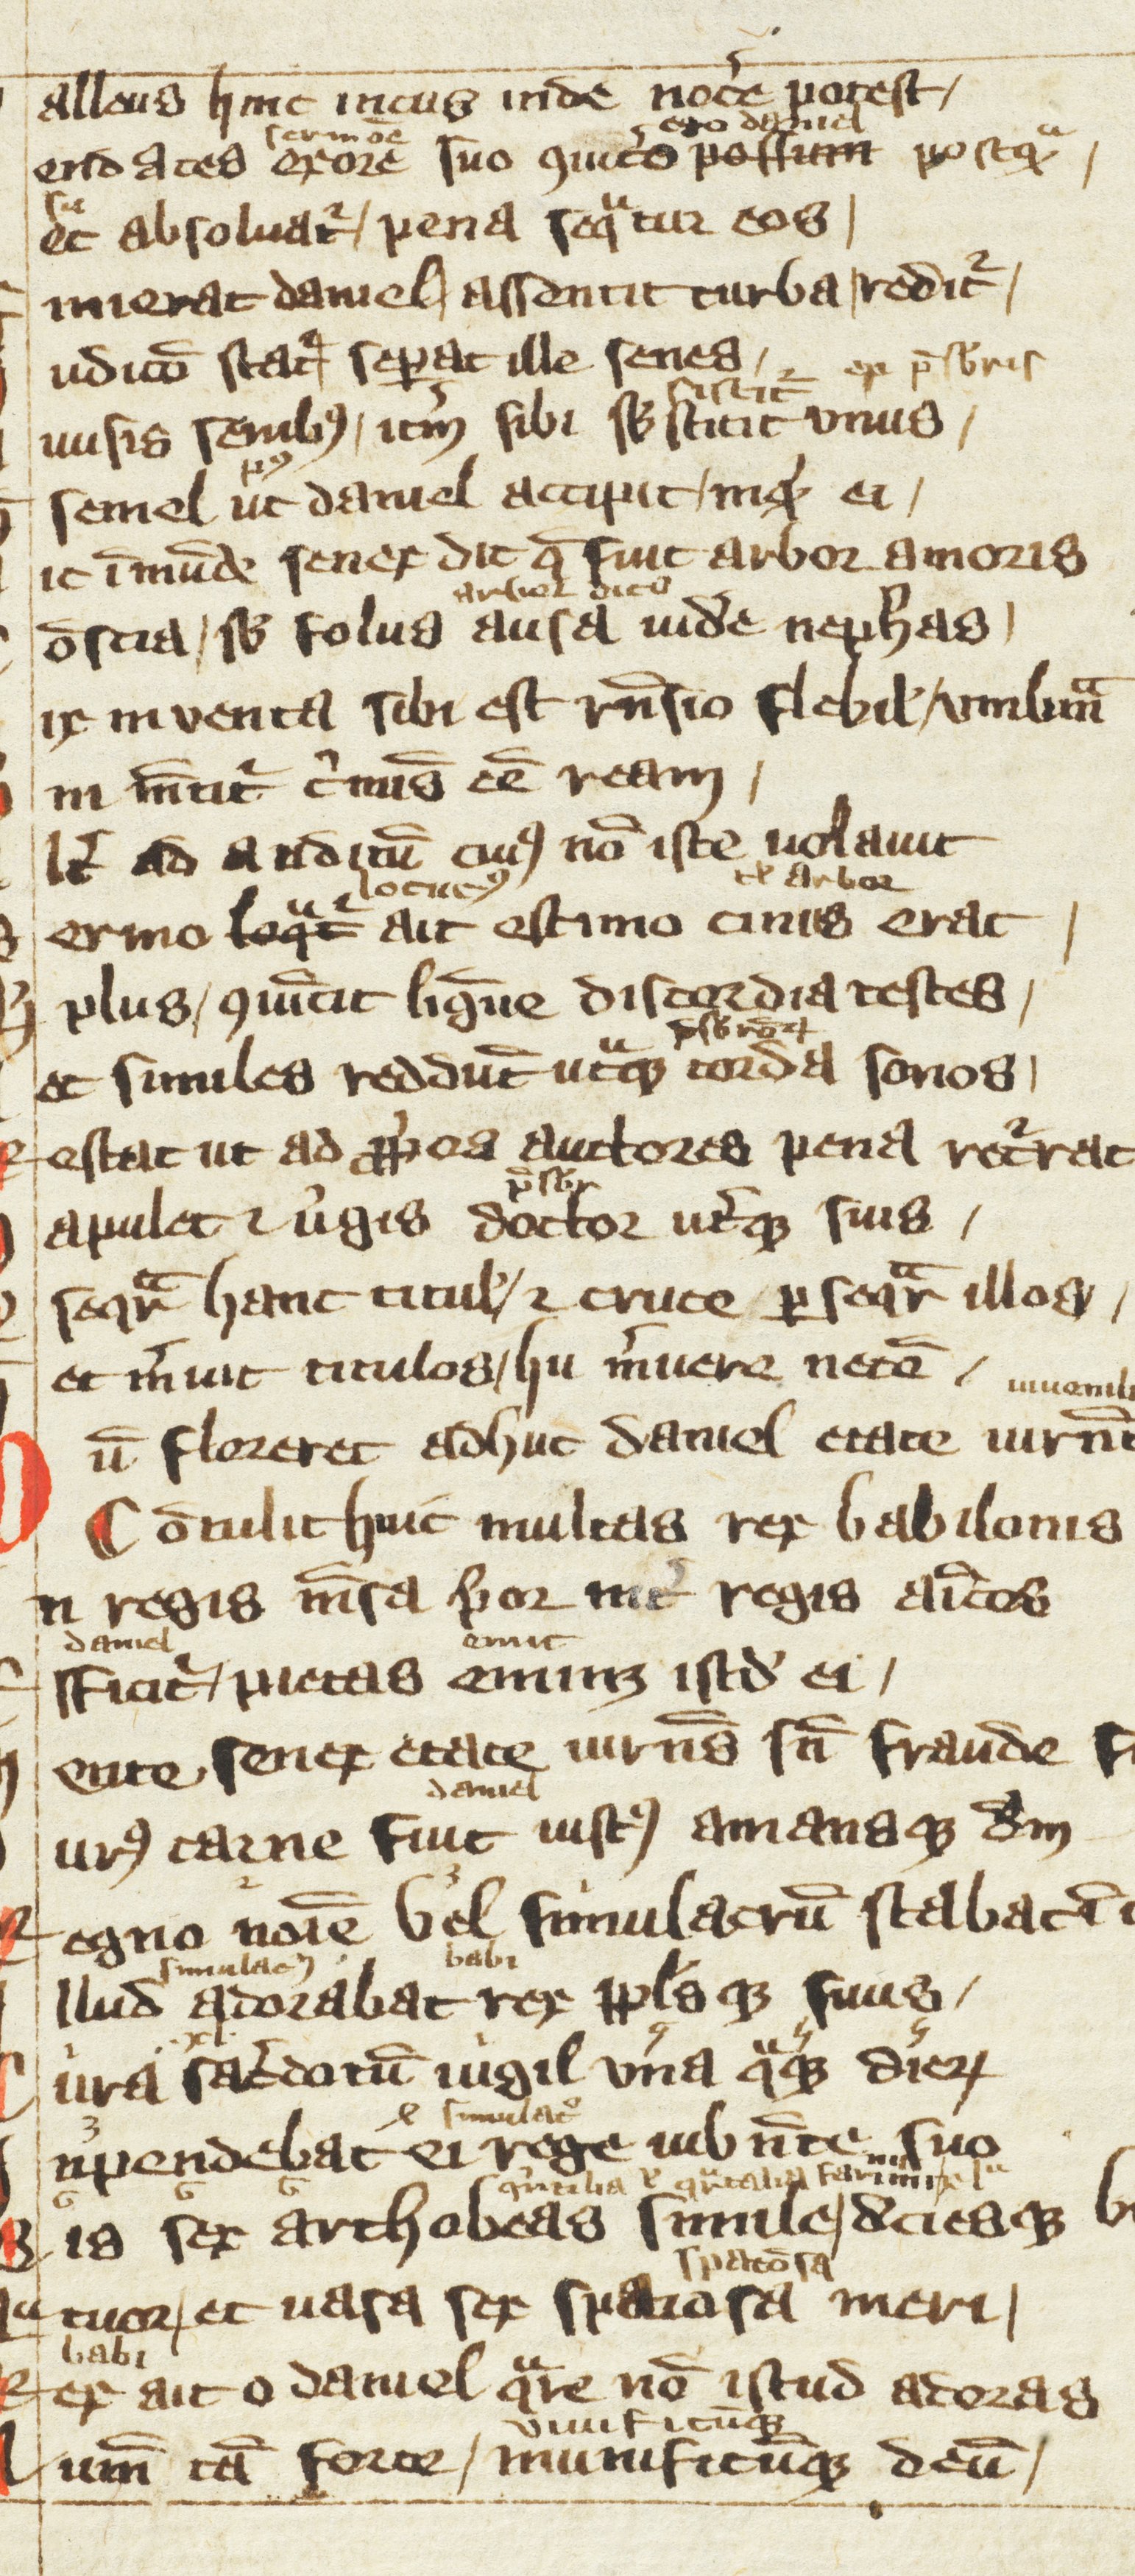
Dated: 1300–1399